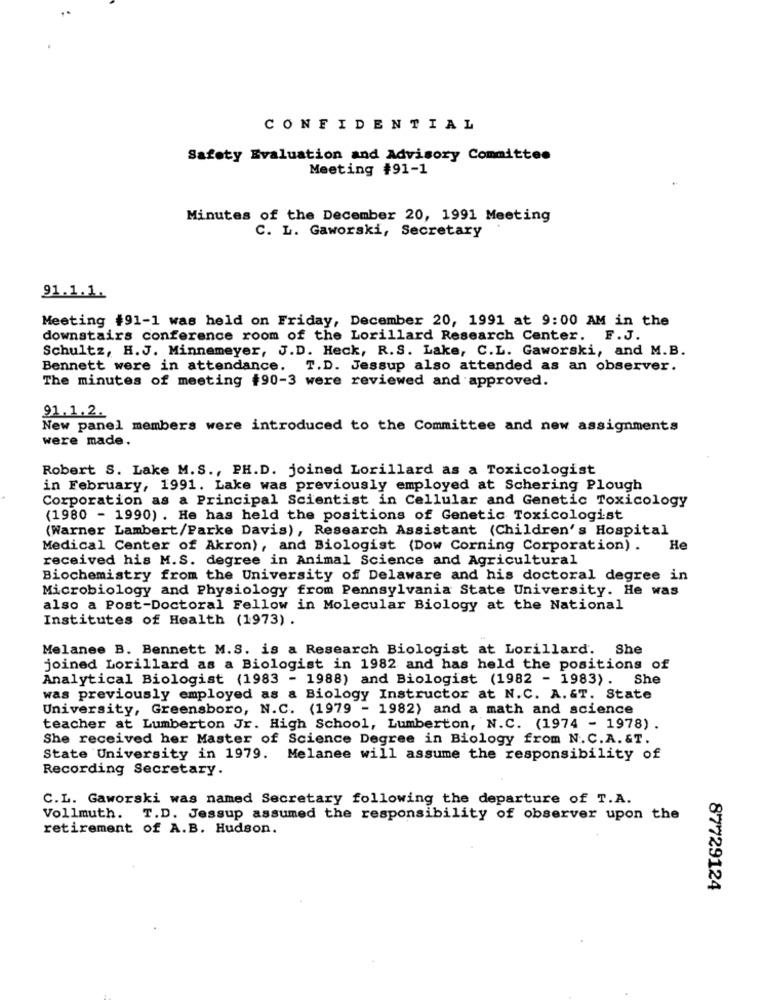
CONFIDENTIAL
Safety Evaluation and Advisory Committee
Meeting #91-1
Minutes of the December 20, 1991 Meeting
C. L. Gaworski, Secretary
91.1.1.
Meeting #91-1 was held on Friday, December 20, 1991 at 9:00 AM in the
downstairs conference room of the Lorillard Research Center. F.J.
Schultz, H.J. Minnemeyer, J.D. Heck, R.S. Lake, C.L. Gaworski, and M.B.
Bennett were in attendance. T.D. Jessup also attended as an observer.
The minutes of meeting +90-3 were reviewed and approved.
91.1.2.
New panel members were introduced to the Committee and new assignments
were made.
Robert S. Lake M.S ., PH.D. joined Lorillard as a Toxicologist
in February, 1991. Lake was previously employed at Schering Plough
Corporation as a Principal Scientist in Cellular and Genetic Toxicology
(1980 - 1990) . He has held the positions of Genetic Toxicologist
(Warner Lambert/Parke Davis), Research Assistant (Children's Hospital
Medical Center of Akron), and Biologist (Dow Corning Corporation) . He
received his M.S. degree in Animal Science and Agricultural
Biochemistry from the University of Delaware and his doctoral degree in
Microbiology and Physiology from Pennsylvania State University. He was
also a Post-Doctoral Fellow in Molecular Biology at the National
Institutes of Health (1973) .
Melanee B. Bennett M.S. is a Research Biologist at Lorillard.
She
joined Lorillard as a Biologist in 1982 and has held the positions of
Analytical Biologist (1983 - 1988) and Biologist (1982 - 1983). She
was previously employed as a Biology Instructor at N.C. A. &T. State
University, Greensboro, N.C. (1979 - 1982) and a math and science
teacher at Lumberton Jr. High School, Lumberton, N.C. (1974 - 1978) .
She received her Master of Science Degree in Biology from N.C.A. &T.
State University in 1979. Melanee will assume the responsibility of
Recording Secretary.
C.L. Gaworski was named Secretary following the departure of T.A.
Vollmuth. T.D. Jessup assumed the responsibility of observer upon the
retirement of A.B. Hudson.
87729124